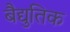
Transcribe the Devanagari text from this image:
बैद्युतिक